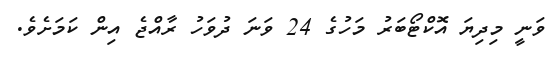
ވަނީ މިދިޔަ އޮކްޓޯބަރު މަހުގެ 24 ވަނަ ދުވަހު ރާއްޖެ އިން ކަމަށެވެ.